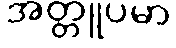
အတ္တူပမာ